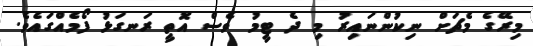
މިރޭގެ މެޗަށް ނިކުންނައިރު މި ދެ ޓީމު ވެސް އޮތީ ރަނގަޅު ފޯމެއްގައެވެ.